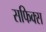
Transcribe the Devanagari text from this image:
सफिक्स